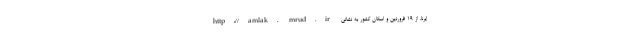
ایرنا، از ۱۹ فروردین و اسکان کشور به نشانی http://amlak. mrud.ir